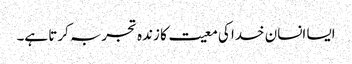
ایسا انسان خدا کی معیت کا زندہ تجربہ کرتا ہے۔